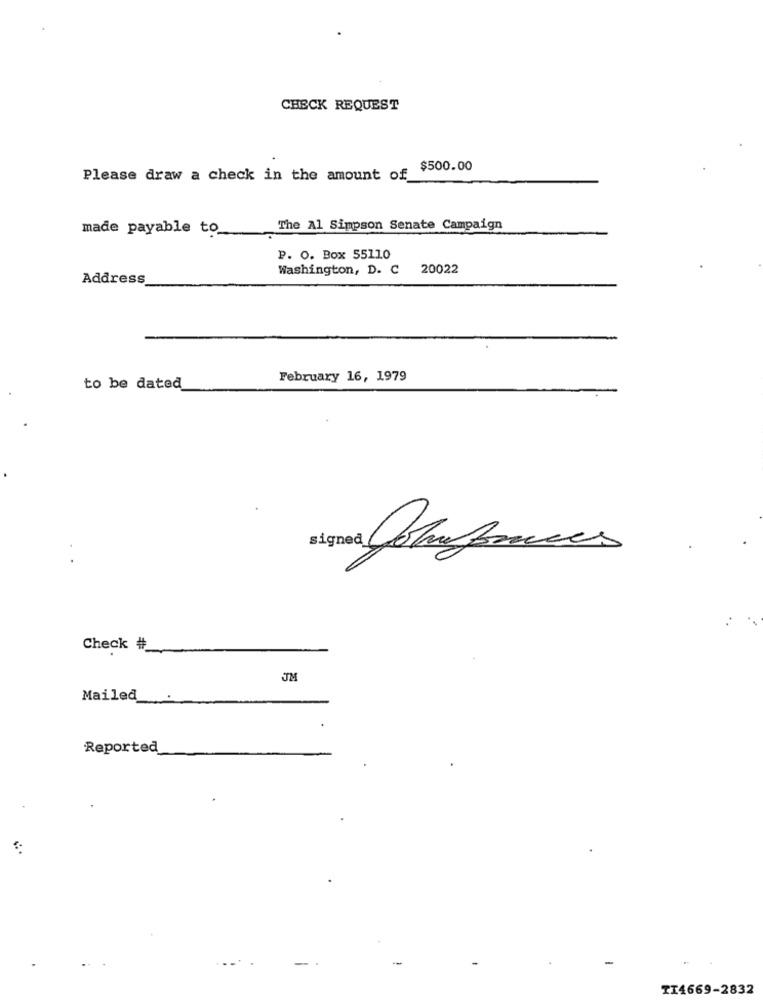
CHECK REQUEST
$500.00
Please draw a check in the amount of
The Al Simpson Senate Campaign
made payable to
P. O. Box 55110
Washington, D. C 20022
Address
February 16, 1979
to be dated
Check #_
JM
Mailed
Reported
-
-
TI4669-2832